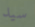
سيد